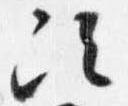
次